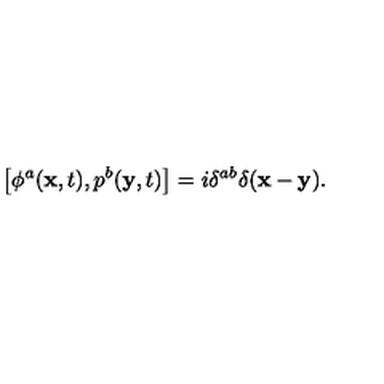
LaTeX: \left[ \phi ^ { a } ( { \bf x } , t ) , p ^ { b } ( { \bf y } , t ) \right] = i \delta ^ { a b } \delta ( { \bf x } - { \bf y } ) .